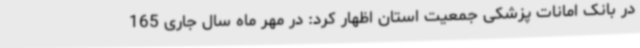
در بانک امانات پزشکی جمعیت استان اظهار کرد: در مهر ماه سال جاری 165